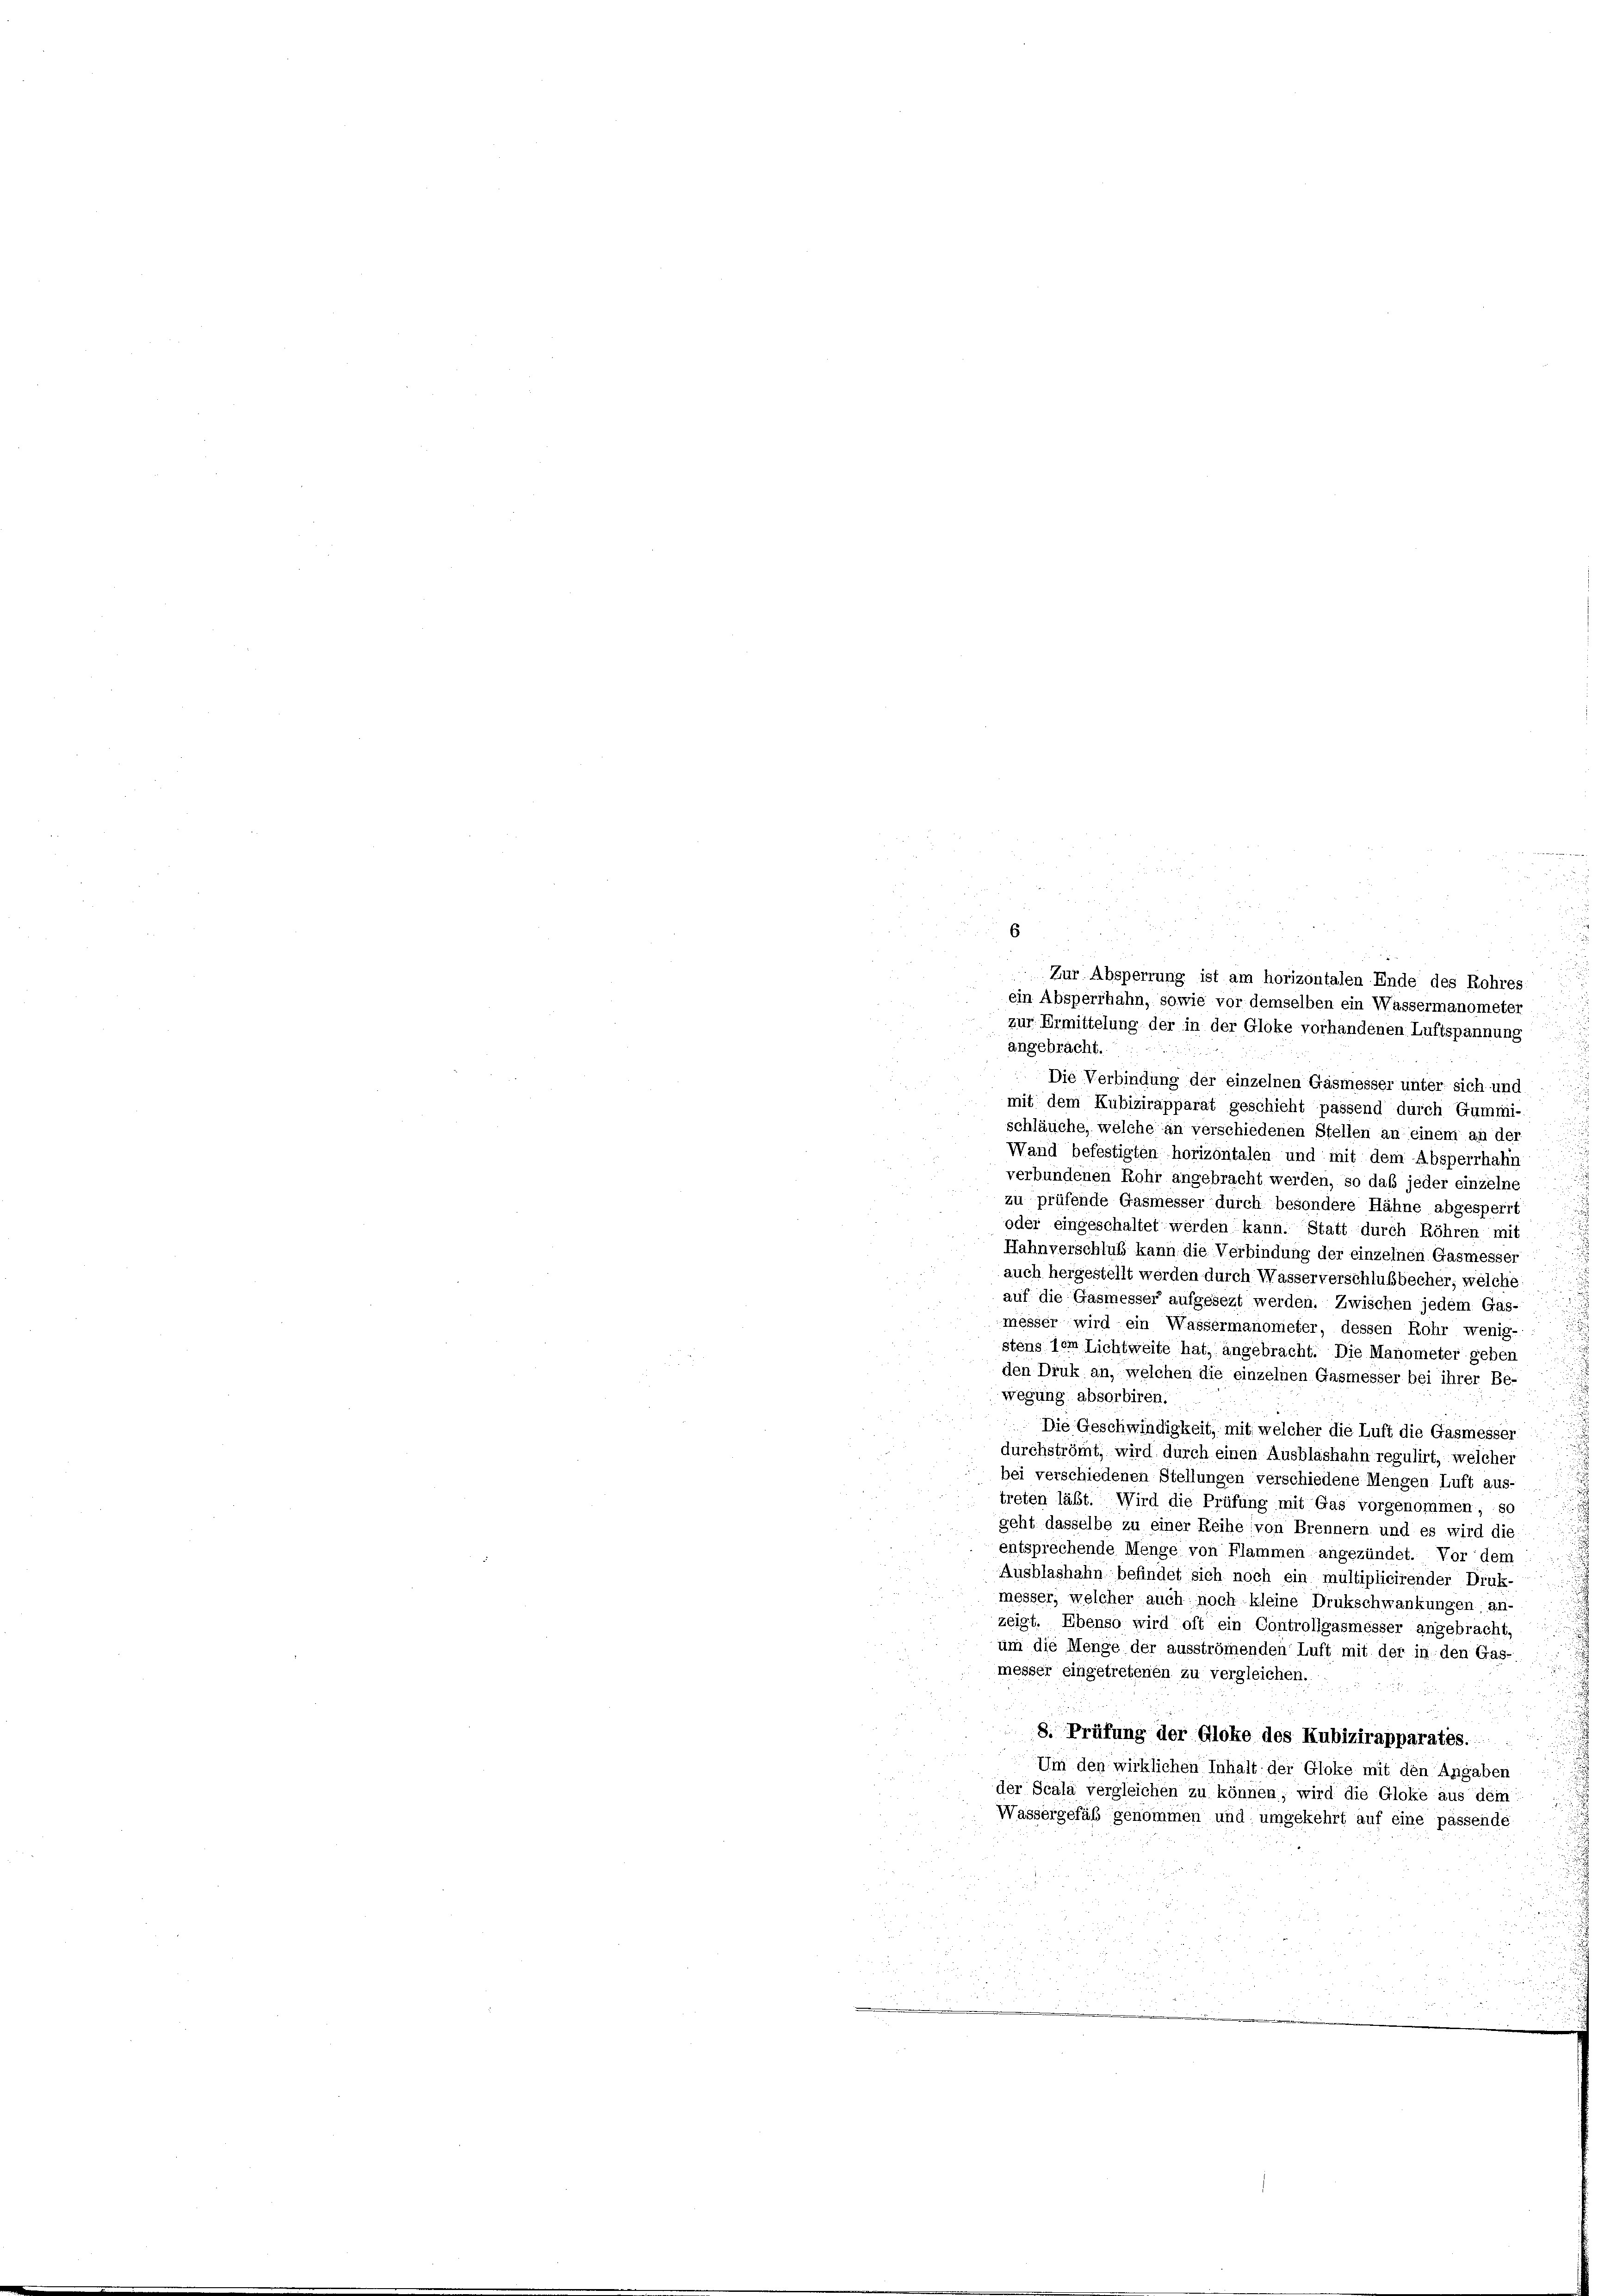
Zur Absperrung ist am horizontalen Ende des Rohres
ein Absperrhahn, sowie vor demselben ein Wassermanometer
zur Ermittelung der in der Gloke vorhandenen Luftspannung
angebracht.
Die Verbindung der einzelnen Gasmesser unter sich und
mit dem Kubizirapparat geschieht passend durch Gummi-
schläuche, welche an verschiedenen Stellen an einem an der
Wand befestigten horizontalen und mit dem Absperrhahn
verbundenen Rohr angebracht werden, so daß jeder einzelne
zu prüfende Gasmesser durch besondere Hähne abgesperrt
oder eingeschaltet werden kann. Statt durch Röhren mit
Hahnverschluß kann die Verbindung der einzelnen Gasmesser
auch hergestellt werden durch Wasserverschlußbecher, welche
auf die Gasmesser aufgesezt werden. Zwischen jedem Gas-
messer wird ein Wassermanonieter, dessen Rohr wenig-
stens dem Lichtweite hat, angebracht. Die Manometer geben
den Druk an, welchen die einzelnen Gasmesser bei ihrer Be-
wegung absorbiren.
Die Geschwindigkeit, mit welcher die Luft die Gasmesser
durchströmt, wird durch einen Ausblashahn regulirt, welcher
bei verschiedenen Stellungen verschiedene Mengen Luft aus-
treten läßt. Wird die Prüfung mit Gas vorgenommen, so
geht dasselbe zu einer Reihe von Brennern und es wird die
entsprechende Menge von Flammen angezündet. Vor dem
Ausblashahn befindet sich noch ein multiplicirender Druk-
messer, welcher auch noch kleine Drukschwankungen, an-
zeigt. Ebenso wird oft ein Controllgasmesser angebracht,
um die Menge der ausströmenden Luft mit der in den Gas-
messer eingetretenen zu vergleichen.
2
8. Prüfung der Gloke des Kubizirapparates.
Um den wirklichen Inhalt der Gloke mit den Angaben
der Scala vergleichen zu können, wird die Gloke aus dem
Wassergefäß genommen und umgekehrt auf eine passende